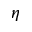
\eta